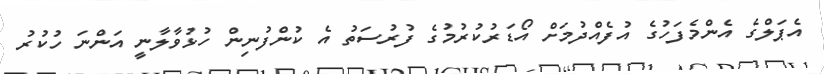
އެޕަލްގެ އެންމެފަހުގެ އުފެއްދުމަށް އޯޑަރުކުރުމުގެ ފުރުސަތު އެ ކުންފުނިން ހުޅުވާލާނީ އަންނަ ހުކުރު